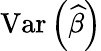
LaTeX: \operatorname{Var}\left({\widehat{\beta}}\right)